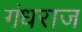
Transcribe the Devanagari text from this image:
गंधराज